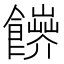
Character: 𩟑